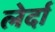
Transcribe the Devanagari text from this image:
लेर्दा